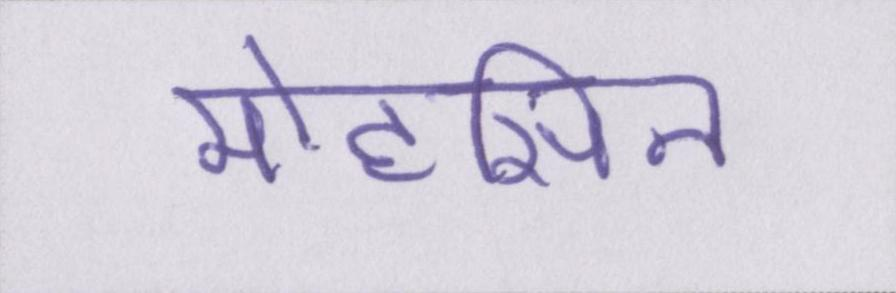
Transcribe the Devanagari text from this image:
मोहसिन